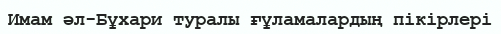
Имам әл-Бұхари туралы ғұламалардың пікірлері